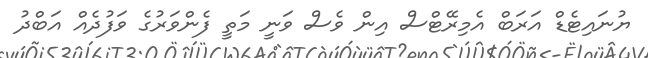
ޔުނައިޓެޑް އަރަބް އެމިރޭޓްސް އިން ވެސް ވަނީ މަތީ ފެންވަރުގެ ވަފުދެއް އަބްދު